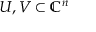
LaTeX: U , V \subset \mathbb { C } ^ { n }